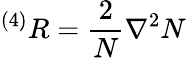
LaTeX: ^{\left(4\right)}R=\frac{2}{N}\nabla^{2}N